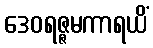
ဒေဝရဇ္ဇမကာရယိံ